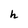
Character: h